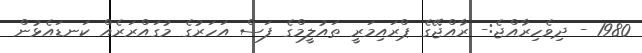
1980 - ދިވެހިރާއްޖެ:- ރާއްޖޭގެ ޕްރައިމަރީ ތައުލީމްގެ ފަސް އަހަރުގެ މުގައްރަރެއް ކަނޑައެޅުން